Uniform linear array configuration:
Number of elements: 48
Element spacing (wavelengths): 1
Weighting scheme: uniform
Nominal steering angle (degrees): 60
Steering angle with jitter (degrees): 58.819
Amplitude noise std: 0.05
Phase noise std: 0.05

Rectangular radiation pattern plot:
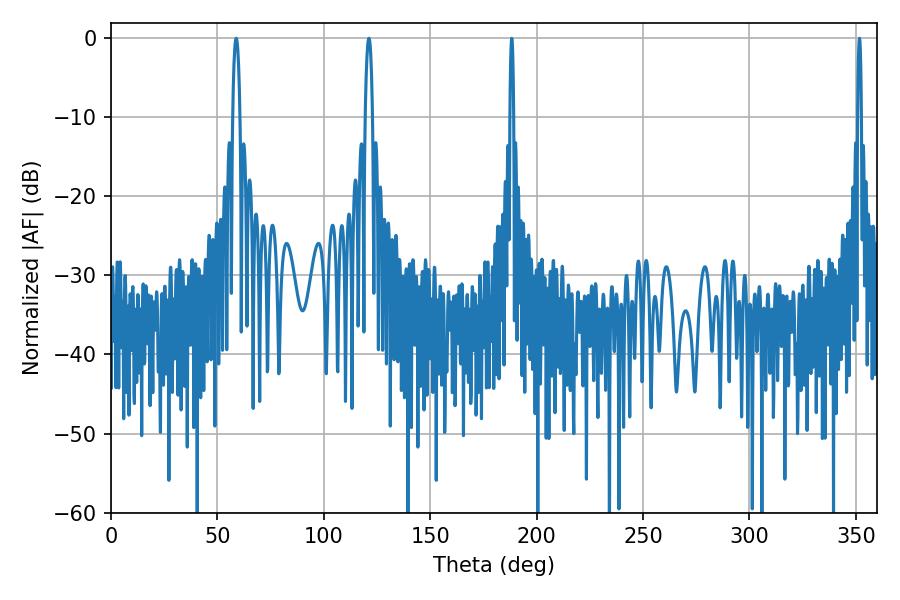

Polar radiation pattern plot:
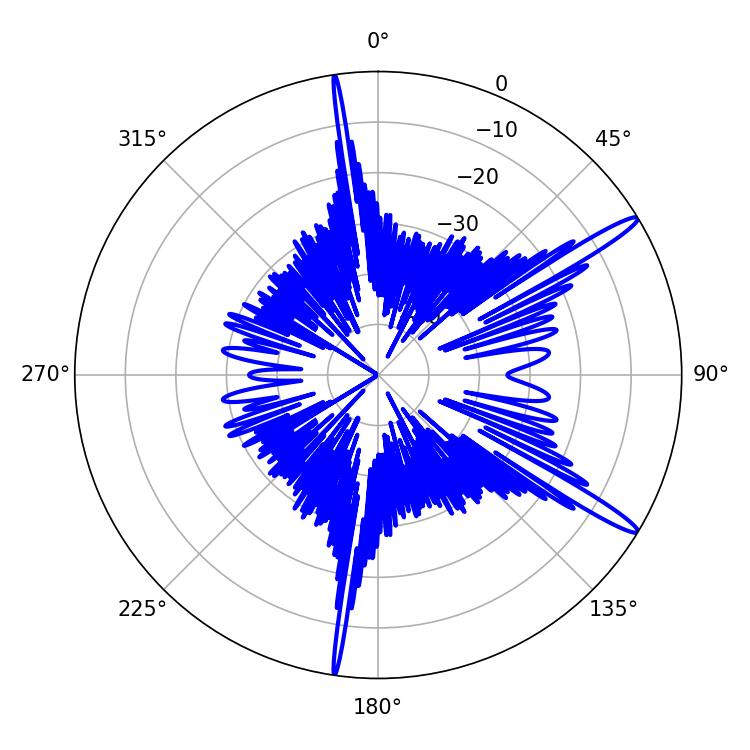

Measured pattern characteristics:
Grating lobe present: TRUE
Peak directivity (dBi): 15.054
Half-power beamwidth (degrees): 1.8
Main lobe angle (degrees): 58.86